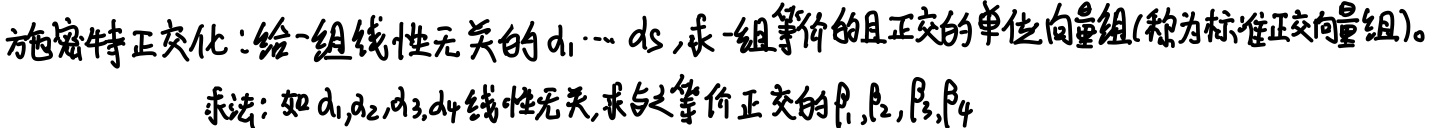
施密特正交化：给一组线性无关的$d_1,\cdots,d_s$，求一组等价的且正交的单位向量组(称为标准正交向量组)。

求法：如$d_1,d_2,d_3,d_4$线性无关，求与之等价正交的$\beta_1,\beta_2,\beta_3,\beta_4$